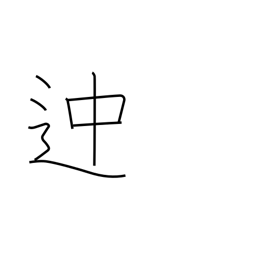
Meaning: some way or other